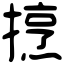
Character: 𢴒